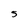
Character: 5